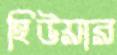
হিউয়ার